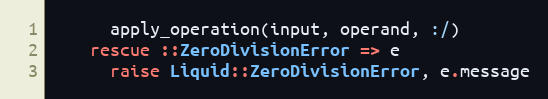
Language: Ruby
      apply_operation(input, operand, :/)
    rescue ::ZeroDivisionError => e
      raise Liquid::ZeroDivisionError, e.message